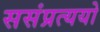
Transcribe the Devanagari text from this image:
ससंप्रत्ययो